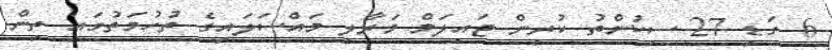
6 ގަޑި 27 ސިކުންތު ކުރިން ޖައިލަމް މަރާލި މައްސަލައިގެ ތުހުމަތުގައި ތިން